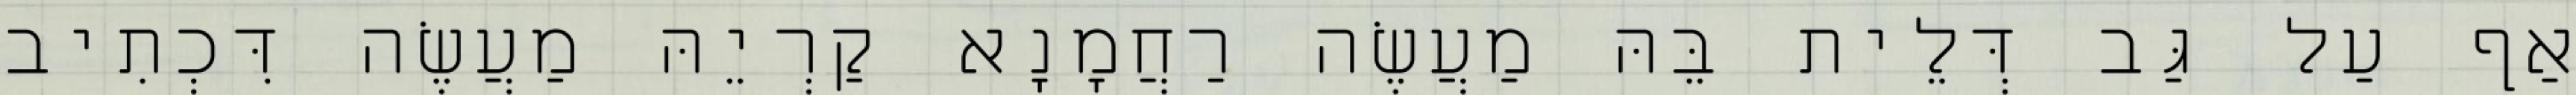
אַף עַל גַּב דְּלֵית בֵּהּ מַעֲשֶׂה רַחֲמָנָא קַרְיֵהּ מַעֲשֶׂה דִּכְתִיב